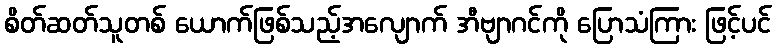
စိတ်ဆတ်သူတစ် ယောက်ဖြစ်သည့်အလျောက် အီဗျာဂင်ကို ပြောသံကြား ဖြင့်ပင်